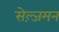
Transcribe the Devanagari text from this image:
सेल्ज़मन